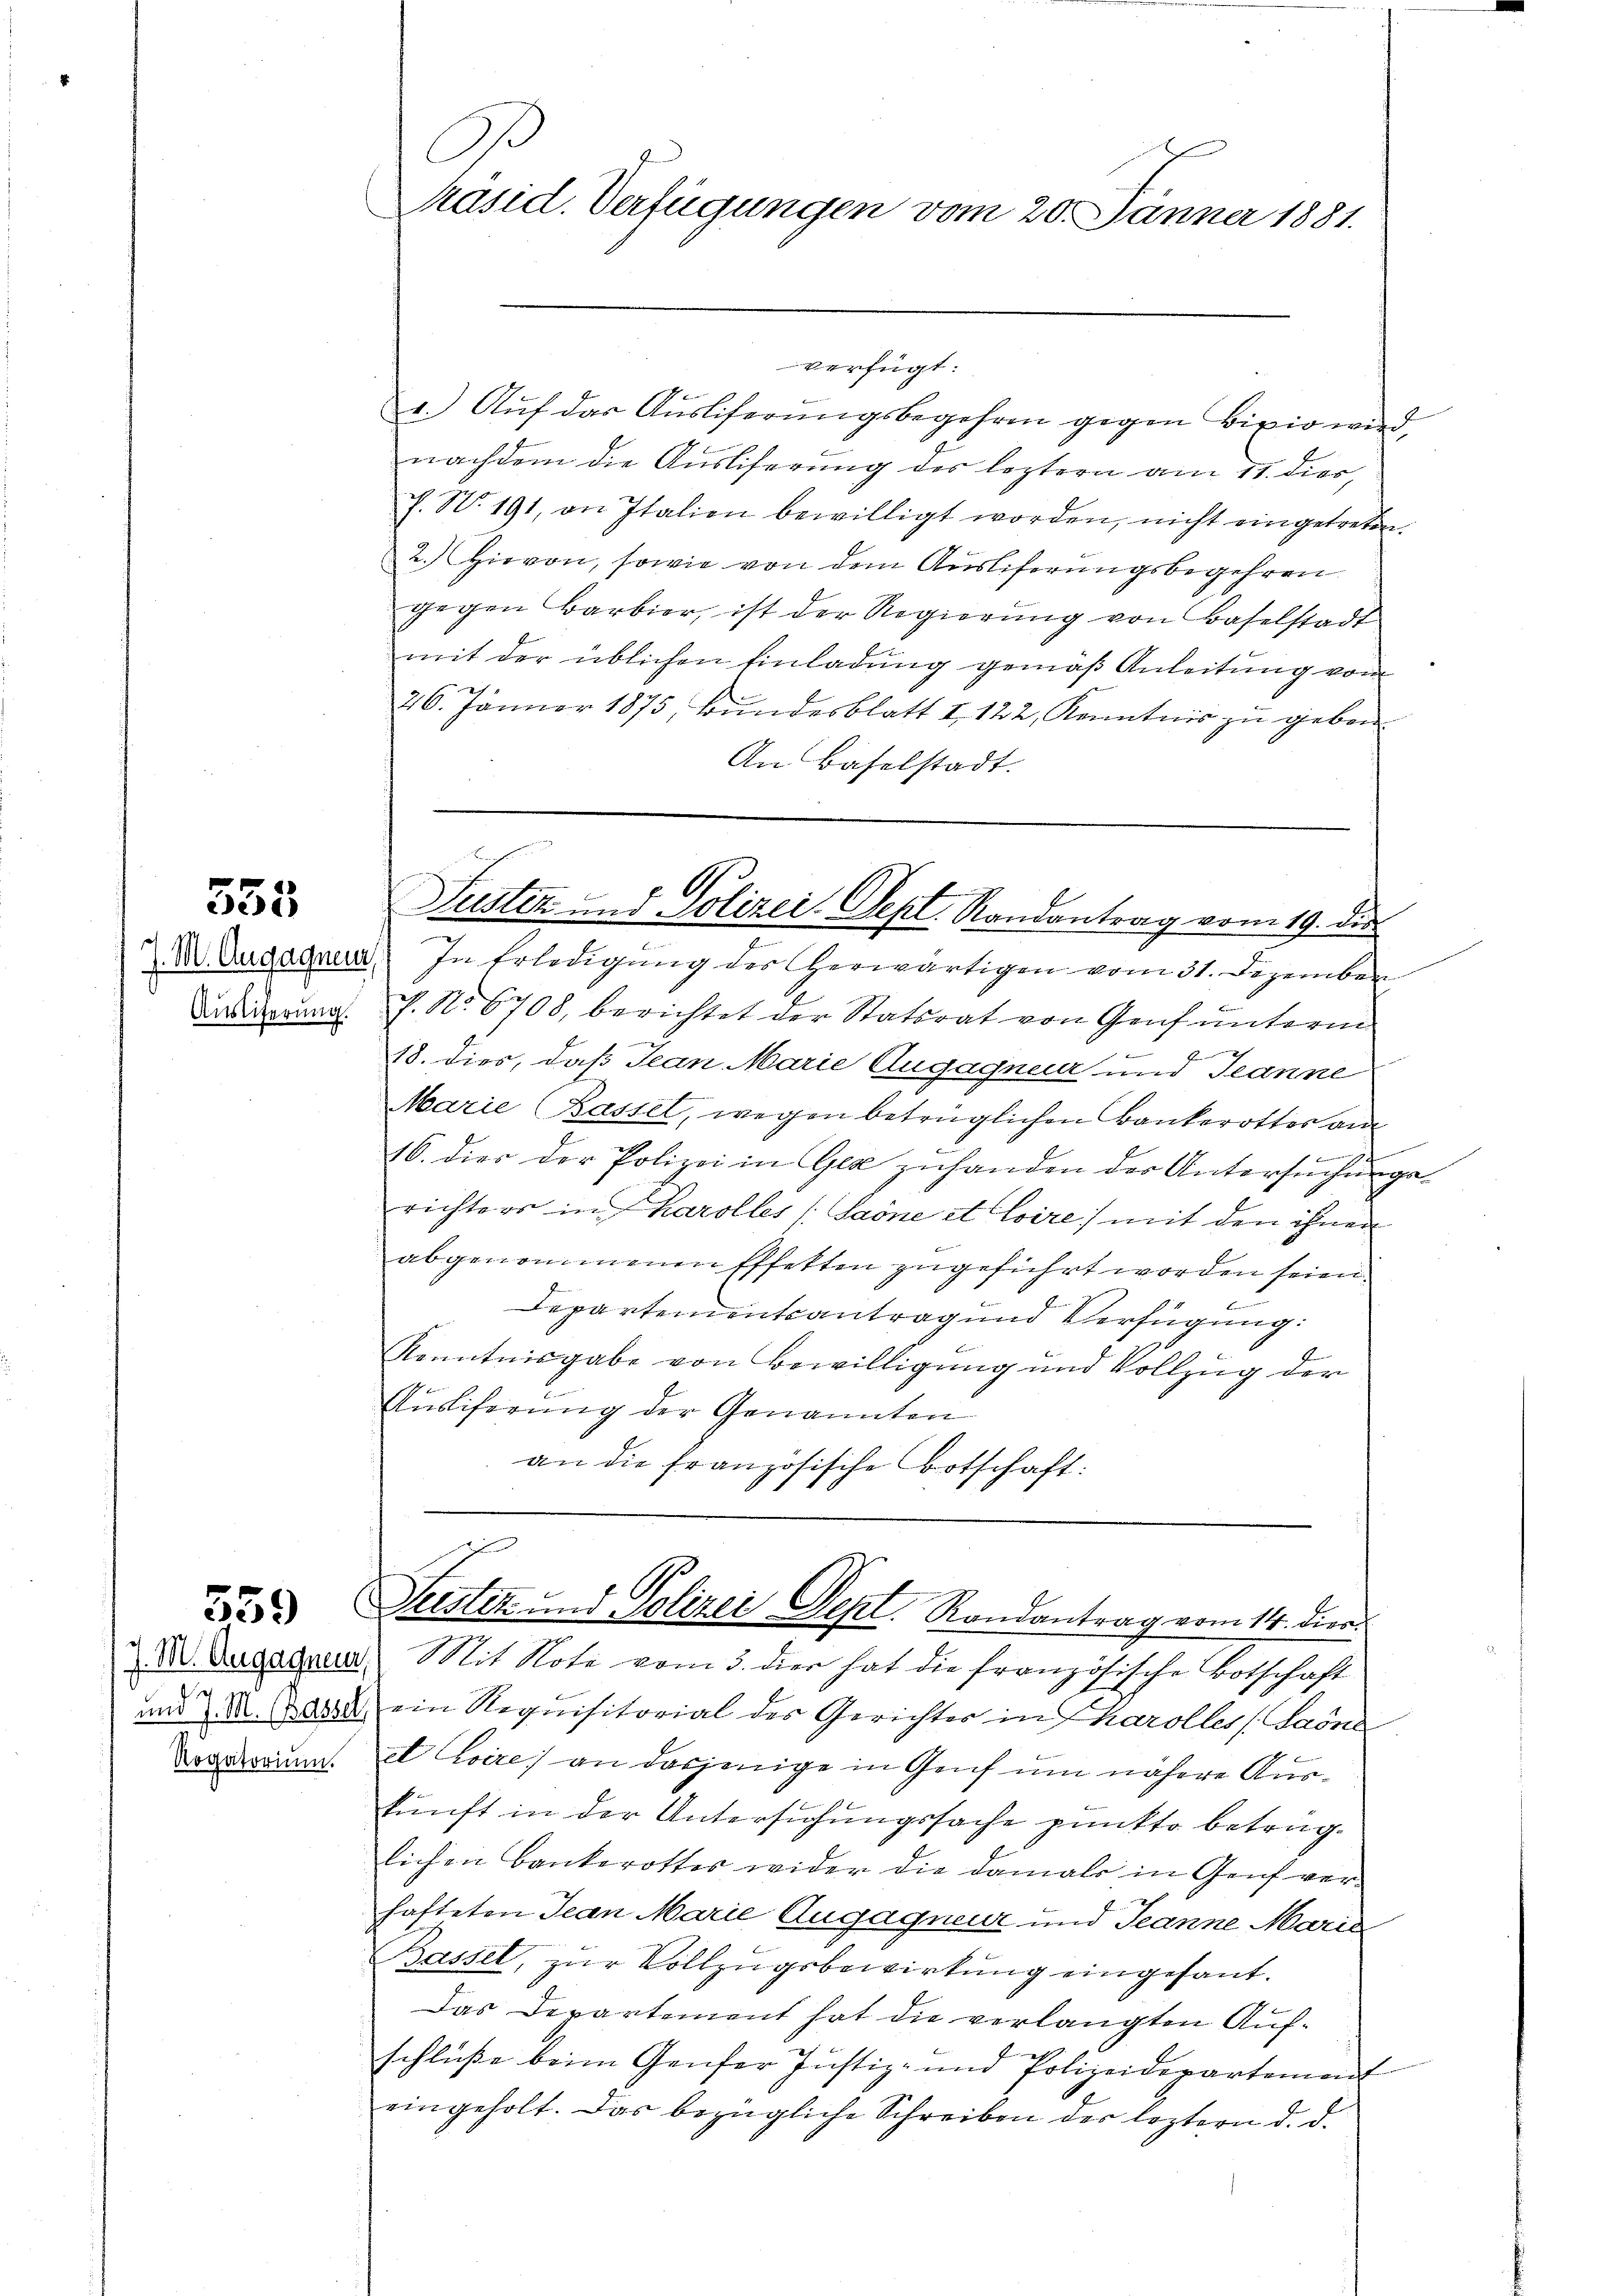
558

Austiferung.

559

J. M. Augagneur,
w
und J. M. (Kassel,
Rogatorium.

Ar
Präsid. Verfügungen vom 20. Jänner 1881.

6.
Puster und Polizei. Sept. Randantrag vom 19. die

verfügt:
a.) Auf das Auslieferungsbegehren gegen Bixio wird,
nachdem die Ausliferung des leztern am 11. dies
7. No. 191, an Italien bewilligt worden, nicht eingetreten.
2.) Hievon, sowie von dem Ausliferungsbegehren
gegen Barbier, ist der Regierŭng von Baselstadt
mit der üblichen Einladung gemäß Anleitung vom
26. Jänner 1875, Bundesblatt I 122, Kenntnis zu geben.
An Baselstadt.

M Dugagner. In Erledigung des herwärtigen vom 31. Dezember
f. No. 6708, berichtet der Statsrat von Genf unterm
9
b
2
18. dies, daß Jean Marie Augagneur und Jeanne
Marie (Basset, wegen betrüglichen Bankerottes am
16. dies der Polizei in Ges zuhanden der Untersuchungsrichters in Karolles (Saone et Coire) mit den ihnen
abgenommenen Effetten zugeführt worden seien.
Departementsantrag und Verfügung:
E
Kenntnisgabe von Bewilligung und Vollzug der
Ausiferung der Genannten
an die französische Botschaft:

Seister und Polizei Dept. Randantrag vom 14. dies

Mit Note vom 3. dies hat die französische Botschaft
ein Requisitorial des Gerichter in karolles (Saöne
x toire an dasjenige in Genf um nähere Auskunft in der Untersuchungssache punkto betrüglichen Bankerottes wider die damals in Genf ver-
hafteten Jean Marie Augagneur und Jeanne Marie
Bassel, zur Vollzugsbewirkung eingesant.
Das Departement hat die verlangten Aufschlüße beim Genfer Justiz- und Polizeidepartement
eingeholt. Das bezügliche Schreiben der leztern d. d.